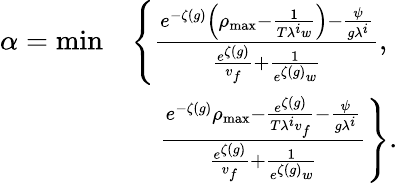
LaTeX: \begin{array}{rl}{\alpha=\operatorname*{min}}&{\left\{ \frac{e^{-\zeta(g)}\left(\rho_{\operatorname*{max}}-\frac{1}{T\lambda^{i}w}\right)-\frac{\psi}{g\lambda^{i}}}{\frac{e^{\zeta(g)}}{v_{f}}+\frac{1}{e^{\zeta(g)}w}},\right.}\\ &{\quad\left.\frac{e^{-\zeta(g)}\rho_{\operatorname*{max}}-\frac{e^{\zeta(g)}}{T\lambda^{i}v_{f}}-\frac{\psi}{g\lambda^{i}}}{\frac{e^{\zeta(g)}}{v_{f}}+\frac{1}{e^{\zeta(g)}w}}\right\} .}\end{array}